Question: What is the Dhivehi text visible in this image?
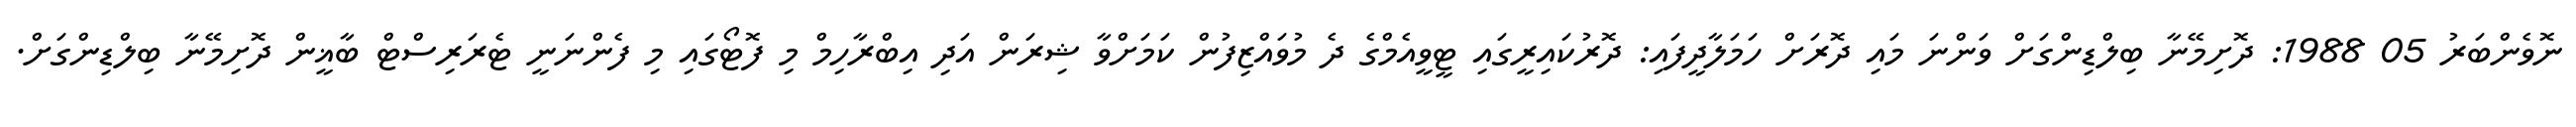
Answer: ނޮވެންބަރު 05 1988: ދޮށިމޭނާ ބިލްޑިންގަށް ވަންނަ މައި ދޮރަށް ހަމަލާދީފައި: ދޮރުކައިރީގައި ޓީވީއެމްގެ ދެ މުވައްޒިފުން ކަމަށްވާ ޝިރަން އަދި އިބްރާހިމް މި ފޮޓޯގައި މި ފެންނަނީ ޓެރަރިސްޓް ބާޣީން ދޮށިމޭނާ ބިލްޑިންގަށް.